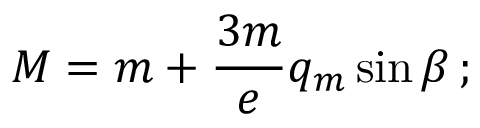
M = m + \frac { 3 m } { e } q _ { m } \sin \beta \, ;